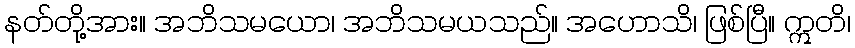
နတ်တို့အား။ အဘိသမယော၊ အဘိသမယသည်။ အဟောသိ၊ ဖြစ်ပြီ။ ဣတိ၊